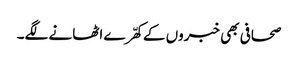
صحافی بھی خبروں کے کھّرے اٹھانے لگے۔